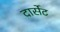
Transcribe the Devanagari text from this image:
दार्सेट